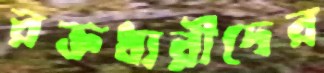
রক্তধারীদের